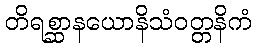
တိရစ္ဆာနယောနိသံဝတ္တနိကံ